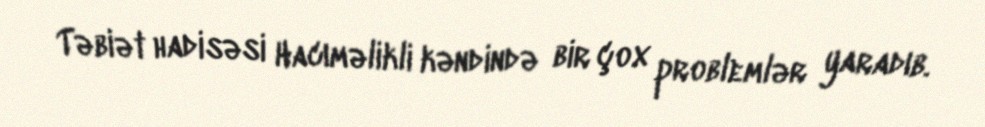
Təbiət hadisəsi Hacıməlikli kəndində bir çox problemlər yaradıb.